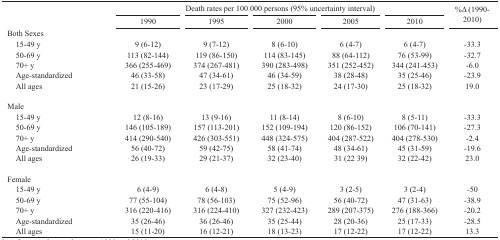
<table><thead><tr><td rowspan="3"></td><td colspan="5"><b>Death rates per 100 000 persons (95% uncertainty interval)</b></td><td rowspan="3"><b>%Δ (1990-2010)</b></td></tr><tr><td><b>1990</b></td><td><b>1995</b></td><td><b>2000</b></td><td><b>2005</b></td><td><b>2010</b></td></tr></thead><tbody><tr><td>Both Sexes</td><td></td><td></td><td></td><td></td><td></td><td></td></tr><tr><td>15-49 y</td><td>9 (6-12)</td><td>9 (7-12)</td><td>8 (6-10)</td><td>6 (4-7)</td><td>6 (4-7)</td><td>-33.3</td></tr><tr><td>50-69 y</td><td>113 (82-144)</td><td>119 (86-150)</td><td>114 (83-145)</td><td>88 (64-112)</td><td>76 (53-99)</td><td>-32.7</td></tr><tr><td>70+ y</td><td>366 (255-469)</td><td>374 (267-481)</td><td>390 (283-498)</td><td>351 (252-452)</td><td>344 (241-453)</td><td>-6.0</td></tr><tr><td>Age-standardized</td><td>46 (33-58)</td><td>47 (34-61)</td><td>46 (34-59)</td><td>38 (28-48)</td><td>35 (25-46)</td><td>-23.9</td></tr><tr><td>All ages</td><td>21 (15-26)</td><td>23 (17-29)</td><td>25 (18-32)</td><td>24 (17-30)</td><td>25 (18-32)</td><td>19.0</td></tr><tr><td>Male</td><td></td><td></td><td></td><td></td><td></td><td></td></tr><tr><td>15-49 y</td><td>12 (8-16)</td><td>13 (9-16)</td><td>11 (8-14)</td><td>8 (6-10)</td><td>8 (5-11)</td><td>-33.3</td></tr><tr><td>50-69 y</td><td>146 (105-189)</td><td>157 (113-201)</td><td>152 (109-194)</td><td>120 (86-152)</td><td>106 (70-141)</td><td>-27.3</td></tr><tr><td>70+ y</td><td>414 (290-540)</td><td>426 (303-551)</td><td>448 (324-575)</td><td>404 (287-522)</td><td>404 (278-530)</td><td>-2.4</td></tr><tr><td>Age-standardized</td><td>56 (40-72)</td><td>59 (42-75)</td><td>58 (41-74)</td><td>48 (34-61)</td><td>45 (31-59)</td><td>-19.6</td></tr><tr><td>All ages</td><td>26 (19-33)</td><td>29 (21-37)</td><td>32 (23-40)</td><td>31 (22 39)</td><td>32 (22-42)</td><td>23.0</td></tr><tr><td>Female</td><td></td><td></td><td></td><td></td><td></td><td></td></tr><tr><td>15-49 y</td><td>6 (4-9)</td><td>6 (4-8)</td><td>5 (4-9)</td><td>3 (2-5)</td><td>3 (2-4)</td><td>-50</td></tr><tr><td>50-69 y</td><td>77 (55-104)</td><td>78 (56-103)</td><td>75 (52-96)</td><td>56 (40-72)</td><td>47 (31-63)</td><td>-38.9</td></tr><tr><td>70+ y</td><td>316 (220-416)</td><td>316 (224-410)</td><td>327 (232-423)</td><td>289 (207-375)</td><td>276 (188-366)</td><td>-20.2</td></tr><tr><td>Age-standardized</td><td>35 (26-46)</td><td>36 (26-46)</td><td>35 (25-44)</td><td>28 (20-36)</td><td>25 (17-33)</td><td>-28.5</td></tr><tr><td>All ages</td><td>15 (11-20)</td><td>16 (12-21)</td><td>18 (13-23)</td><td>17 (12-22)</td><td>17 (12-22)</td><td>13.3</td></tr></tbody></table>